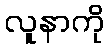
လူနာကို